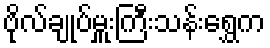
ဗိုလ်ချုပ်မှူးကြီးသန်းရွှေက